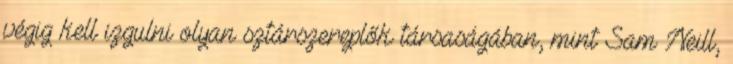
végig kell izgulni olyan sztárszereplők társaságában, mint Sam Neill,